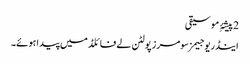
2 پیشۂِ موسیقی
اینڈریو جیمز سومرز پولٹن لے فائلڈ میں پیدا ہوئے۔